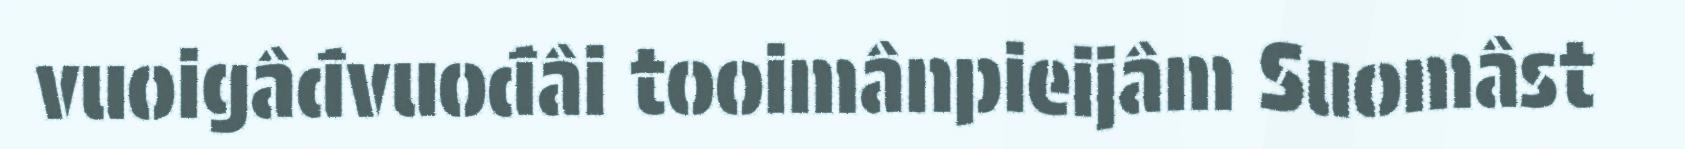
vuoigâđvuođâi tooimânpieijâm Suomâst